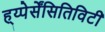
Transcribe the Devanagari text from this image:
ह्य्पेर्सेंसितिविटी